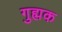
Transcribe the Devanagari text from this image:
गुह्मक